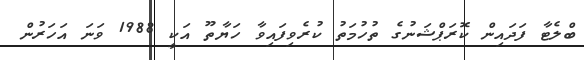
ބްލެޓާ ފަދައިން ކޮރަޕްޝަނުގެ ތުހުމަތު ކުރެވިފައިވާ ހަޔާތޫ އަކީ 1988 ވަނަ އަހަރުން